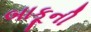
બાકૂની